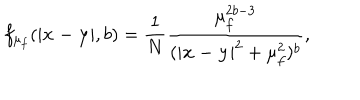
f _ { \mu _ { f } } ( | { \bf x - y } | , b ) = \frac { 1 } { N } \frac { \mu _ { f } ^ { 2 b - 3 } } { ( | { \bf x - y } | ^ { 2 } + \mu _ { f } ^ { 2 } ) ^ { b } } ,